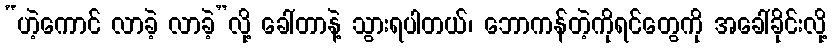
“ဟဲ့ကောင် လာခဲ့ လာခဲ့”လို့ ခေါ်တာနဲ့ သွားရပါတယ်၊ ဘောကန်တဲ့ကိုရင်တွေကို အခေါ်ခိုင်းလို့